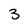
Character: 3